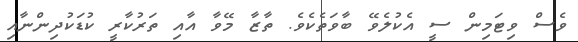
ވެސް ވިޓަމިން ސީ އެކުލެވޭ ބާވަތެކެވެ. ތާޒާ މޭވާ އާއި ތަރުކާރީ ކުޑަކުދިންނާއި